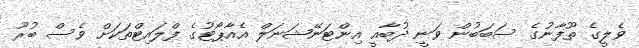
ވެލީގެ ތޫފާނުގެ ސަބަބުން ވަނީ ދުބާއީ އިންޓަނޭޝަނަލް އެއާޕޯޓުގެ ފްލައިޓްތަކަށް ވެސް ބުރޫ